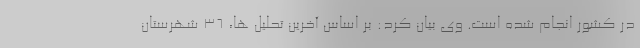
در کشور انجام شده است. وی بیان کرد: بر اساس آخرین تحلیل ها، ۳۶ شهرستان